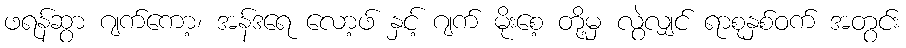
ဖရန်ဆွာ ဂျက်ကော့၊ အန်ဒရေ လော့ဖ် နှင့် ဂျက် မိုးစေ့ တို့မှ လွဲလျှင် ရာစုနှစ်ဝက် အတွင်း